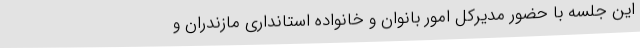
این جلسه با حضور مدیرکل امور بانوان و خانواده استانداری مازندران و